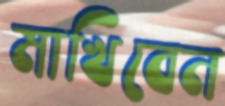
মাখিবেন